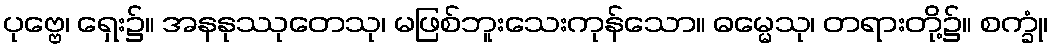
ပုဗ္ဗေ၊ ရှေး၌။ အနနုဿုတေသု၊ မဖြစ်ဘူးသေးကုန်သော။ ဓမ္မေသု၊ တရားတို့၌။ စက္ခုံ၊